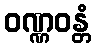
ဝဏ္ဏဝန္တံ